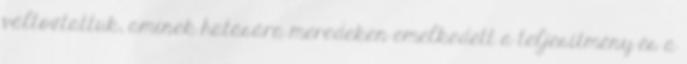
változtattuk, aminek hatására meredeken emelkedett a teljesítmény és a